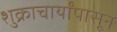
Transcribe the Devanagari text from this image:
शुक्राचार्यांपासून